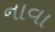
નાવા